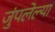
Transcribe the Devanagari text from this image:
जुंपलेल्या